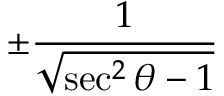
\pm { \frac { 1 } { \sqrt { \sec ^ { 2 } \theta - 1 } } }